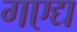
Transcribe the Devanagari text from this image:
गएद्य